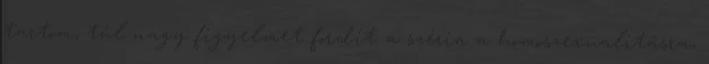
tartom, túl nagy figyelmet fordít a széria a homoszexualitásra,